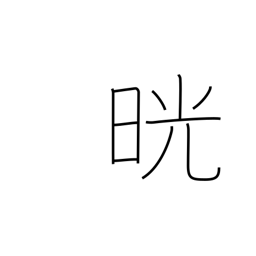
Meaning: clear